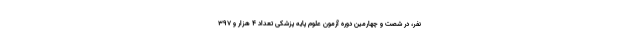
نفر، در شصت و چهارمین دوره آزمون علوم پایه پزشکی تعداد ۴ هزار و ۳۹۷